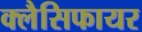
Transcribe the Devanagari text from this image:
क्लैसिफायर